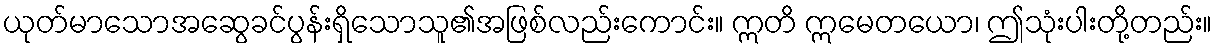
ယုတ်မာသောအဆွေခင်ပွန်းရှိသောသူ၏အဖြစ်လည်းကောင်း။ ဣတိ ဣမေတယော၊ ဤသုံးပါးတို့တည်း။